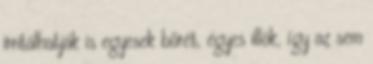
irritálhatják is egyesek bőrét, egyes illók, így az sem